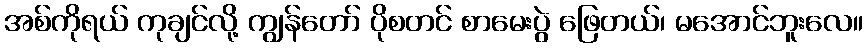
အစ်ကိုရယ် ကုချင်လို့ ကျွန်တော် ပိုစတင် စာမေးပွဲ ဖြေတယ်၊ မအောင်ဘူးလေ။